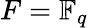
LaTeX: F=\mathbb{F}_{q}